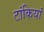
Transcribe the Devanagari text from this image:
टांकियां